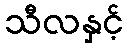
သီလနှင့်